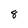
Character: 8